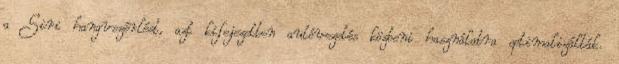
a Siri hangvezérlést, azt kifejezetten autóvezetés közbeni használatra optimalizálták.